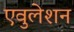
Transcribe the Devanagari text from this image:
एवुलेशन